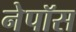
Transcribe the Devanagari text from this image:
नेपॉस